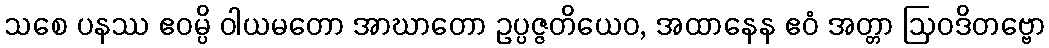
သစေ ပနဿ ဧဝမ္ပိ ဝါယမတော အာဃာတော ဥပ္ပဇ္ဇတိယေဝ, အထာနေန ဧဝံ အတ္တာ ဩဝဒိတဗ္ဗော